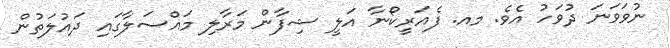
ނުވަވަނަ ދުވަހު އެވެ. މއ. ފެއަރީކޯނާ އަލީ ޝިފާން މަރާލި މައްސަލާގައި ދައުލަތުން